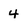
Character: 4